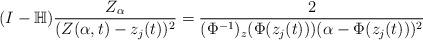
LaTeX: \begin{align*}(I-\mathbb{H})\frac{Z_{\alpha}}{(Z(\alpha,t)-z_j(t))^2}=\frac{2}{(\Phi^{-1})_z(\Phi(z_j(t)))(\alpha-\Phi(z_j(t)))^2}\end{align*}